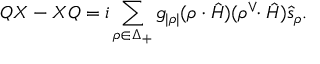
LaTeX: Q X - X Q = i \sum _ { \rho \in \Delta _ { + } } g _ { | \rho | } ( \rho \cdot \hat { H } ) ( \rho ^ { \vee } \! \! \cdot \hat { H } ) \hat { s } _ { \rho } .